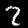
Label: 2